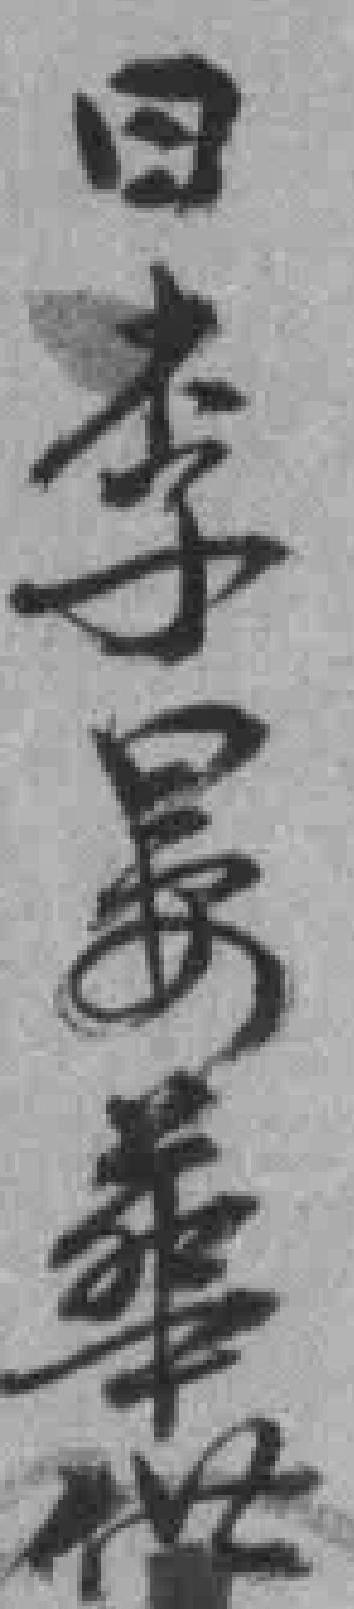
日李晏華供